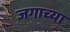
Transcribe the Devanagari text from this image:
जगाच्‍या